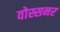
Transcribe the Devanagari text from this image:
वोस्सनर